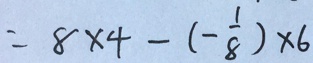
= 8 \times 4 - ( - \frac { 1 } { 8 } ) \times 6